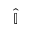
\hat { \mathbb { I } }